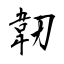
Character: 韌